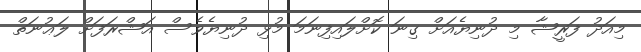
މިއަދު ފަރީޝާ މި ދުނިޔެއަށް ގިނަ ކޮށްލައިފިނަމަ މުޅި ދުނިޔެވެސް އަޝްރަފަށް ލަޢުނަތް